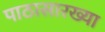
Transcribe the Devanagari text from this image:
पाठासारख्या